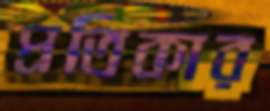
প্রতিকার